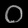
Digit: ၀